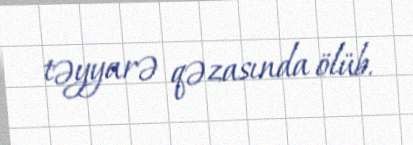
təyyarə qəzasında ölüb.